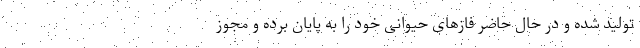
تولید شده و در حال حاضر فازهای حیوانی خود را به پایان برده و مجوز